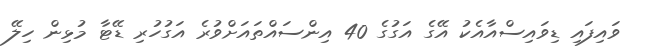
ވައިފައި ޑިވައިސްއާއެކު އޭގެ އަގުގެ 40 އިންސައްތައަށްވުރެ އަގުހުރި ޑޭޓާ މުޅިން ހިލޭ